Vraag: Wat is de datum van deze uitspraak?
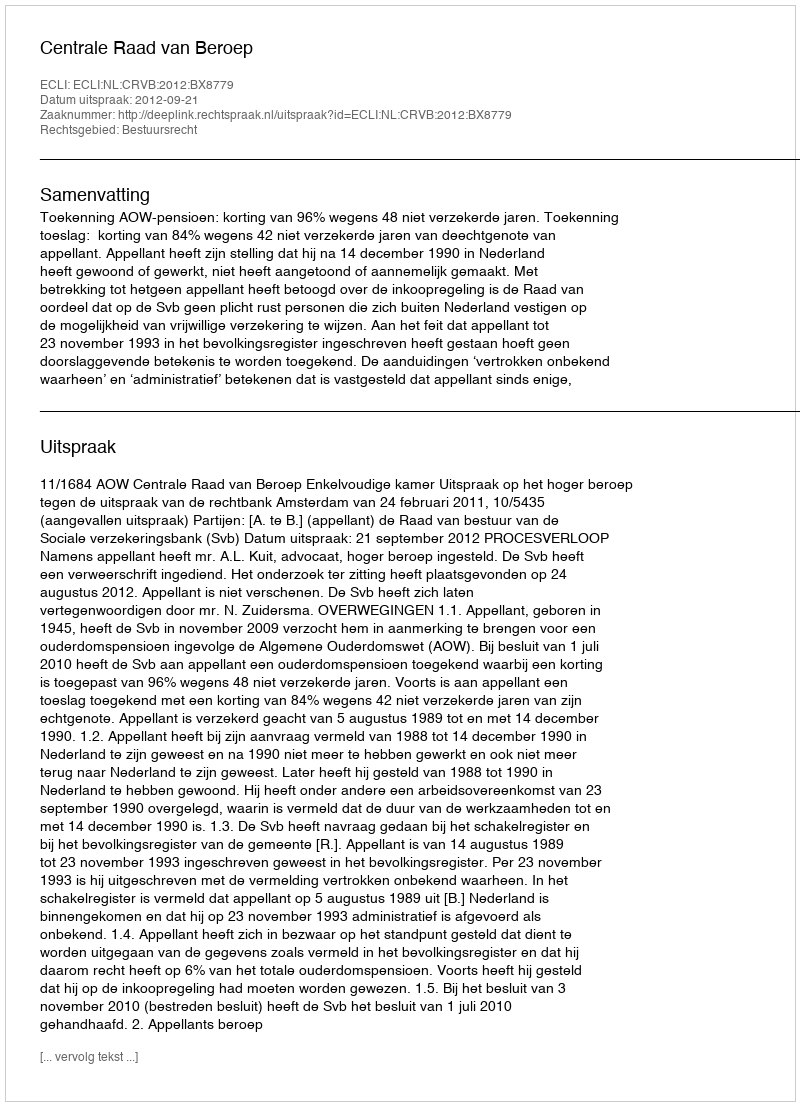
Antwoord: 2012-09-21